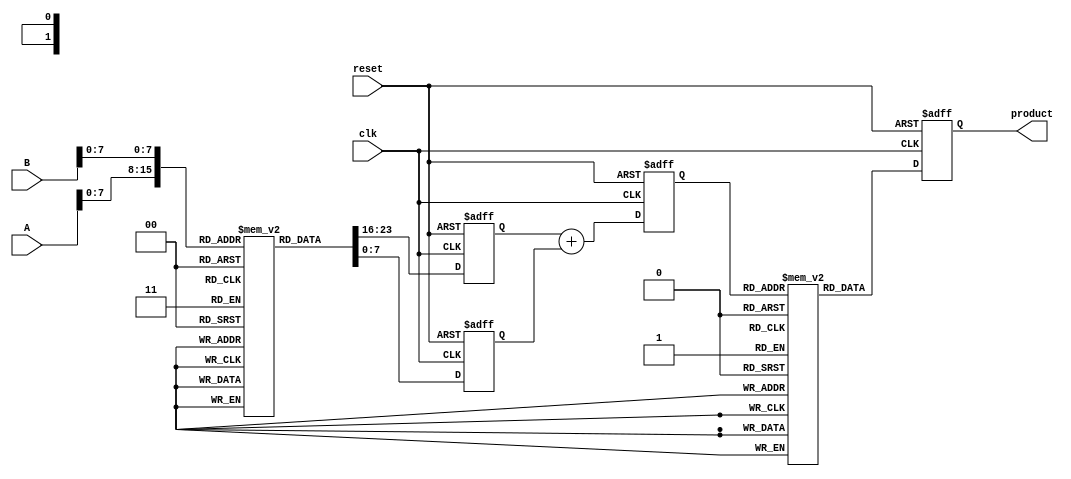
module LogarithmicMultiplier (
    input wire [15:0] A,       // Input A (fixed-point)
    input wire [15:0] B,       // Input B (fixed-point)
    output reg [15:0] product,  // Output product (fixed-point)
    input wire clk,            // Clock
    input wire reset           // Reset
);

    // Logarithm and Exponential LUTs (example values)
    reg [15:0] log_lut [0:255];  // Lookup table for log values (256 entries)
    reg [15:0] exp_lut [0:255];  // Lookup table for exp values (256 entries)

    // Initialize the LUTs (for demonstration purposes)
    initial begin
        // Example initialization (logarithm and exponential values)
        // log_lut[0] = 0; // log(1) = 0
        // log_lut[1] = 0; // log(1) = 0
        // ... Fill in the rest of the LUTs ...
        // exp_lut[0] = 1; // exp(0) = 1
        // ... Fill in the rest of the LUTs ...
    end

    reg [15:0] log_A, log_B, log_sum;

    // Logarithmic Conversion
    always @(posedge clk or posedge reset) begin
        if (reset) begin
            log_A <= 0;
            log_B <= 0;
            log_sum <= 0;
            product <= 0;
        end else begin
            // Assuming A and B are in the range of the LUT
            log_A <= log_lut[A]; // Logarithm of A
            log_B <= log_lut[B]; // Logarithm of B
            
            // Addition of logarithmic values
            log_sum <= log_A + log_B;

            // Exponential Conversion
            product <= exp_lut[log_sum]; // Antilog of the sum
        end
    end

endmodule